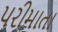
પરીમાતા